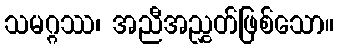
သမဂ္ဂဿ၊ အညီအညွှတ်ဖြစ်သော။